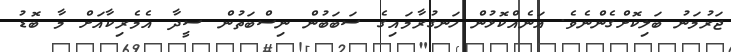
ޖަރުމަނު ބަލިކޮށްގެންނެވެ. އަނެއްކޮޅުން ހަނގުރާމައިގެ ސަބަބުން ނިސްބަތުން ސީދާ އެމެރިކާއަށް މާ ބޮޑު